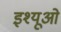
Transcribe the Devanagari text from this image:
इश्यूओं